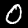
Digit: 0